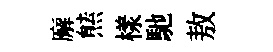
廨㷱樣馳敖